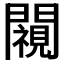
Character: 𨶳